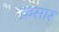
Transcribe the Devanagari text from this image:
क़सार